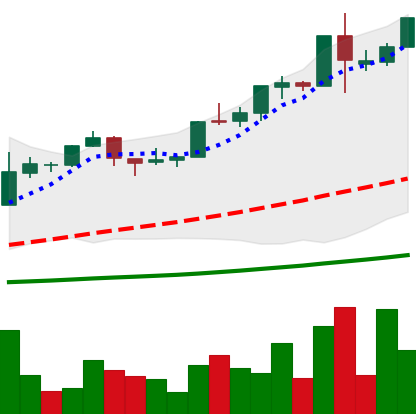
Ticker: BTC-USD
Chart end date: 2015-12-15
Forward return: -4.865%
Label: down_3_5